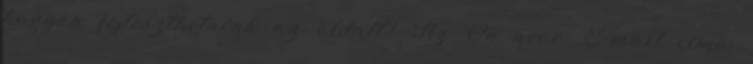
hogyan fejleszthetnénk az oldalt? Az Ön neve: E-mail címe: